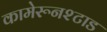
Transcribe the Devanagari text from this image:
कामेरूनश्टाड